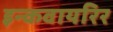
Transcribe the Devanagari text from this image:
इन्कवायरिर